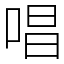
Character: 唱